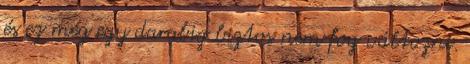
és ez még egy darabig biztos nem fog változni.